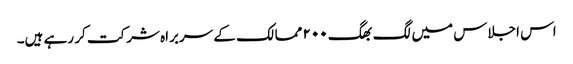
اس اجلاس میں لگ بھگ ۲۰۰ ممالک کے سربراہ شرکت کر رہے ہیں۔